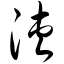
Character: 浃